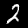
Label: 2